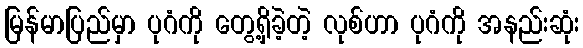
မြန်မာပြည်မှာ ပုဂံကို တွေ့ရှိခဲ့တဲ့ လုစ်ဟာ ပုဂံကို အနည်းဆုံး